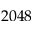
2 0 4 8